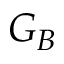
G _ { B }